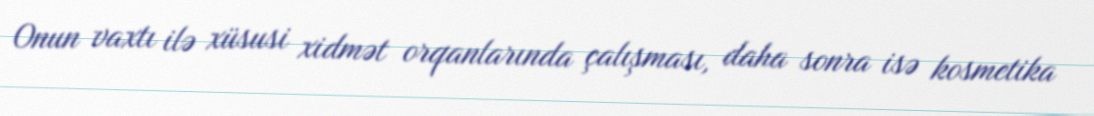
Onun vaxtı ilə xüsusi xidmət orqanlarında çalışması, daha sonra isə kosmetika